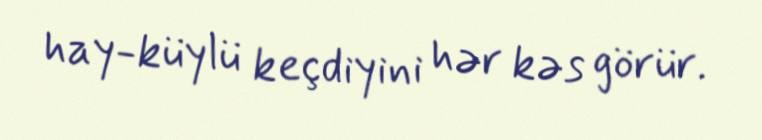
hay-küylü keçdiyini hər kəs görür.